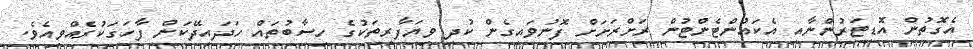
އެގޮތުން އޮޑިޓަރުންނާއި އެކައުންޓެންޓުން ރަށްރަށަށް ފޮނުވައިގެން ކުދި ވިޔަފާރިތަކުގެ ހިސާބުތައް ހަދައިދޭކަން ފާހަގަކުރެއްވިއެވެ.